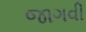
જાગવી